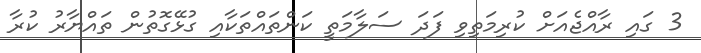
3 ގައި ރާއްޖެއަށް ކުރިމަތިވި ފަދަ ސަލާމަތީ ކަންތައްތަކާއި ގުޅޭގޮތުން ތައްޔާރު ކުރާ